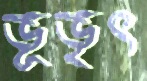
ভূভৃৎ